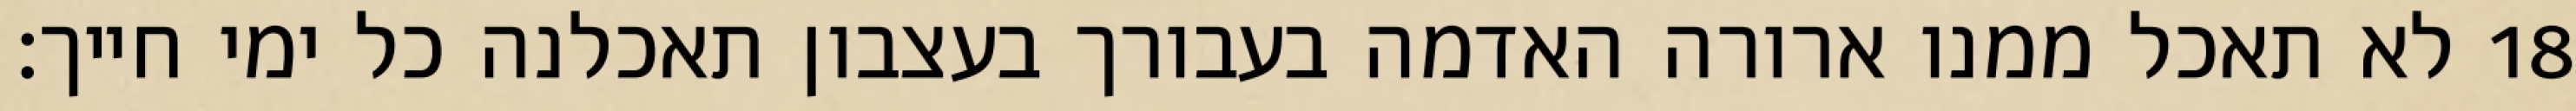
לא תאכל ממנו ארורה האדמה בעבורך בעצבון תאכלנה כל ימי חייך׃ ‎18‏